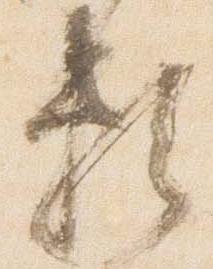
頼